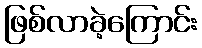
ဖြစ်လာခဲ့ကြောင်း